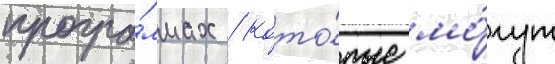
програ́ммах / кото́рые мо́гут